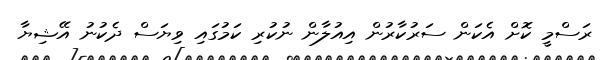
ރަސްމީ ކޮށް އެކަން ސަރުކާރުން އިއުލާން ނުކުރި ކަމުގައި ވިޔަސް ދެކުނު އޭޝިޔާ